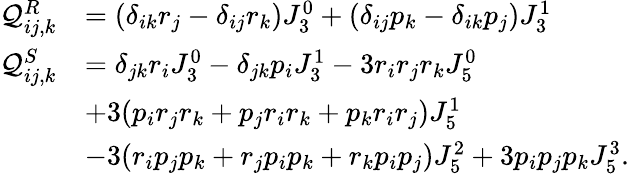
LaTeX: \begin{array}{rl}{\mathcal{Q}_{ij,k}^{R}}&{=\left(\delta_{ik}r_{j}-\delta_{ij}r_{k}\right)J_{3}^{0}+\left(\delta_{ij}p_{k}-\delta_{ik}p_{j}\right)J_{3}^{1}}\\ {\mathcal{Q}_{ij,k}^{S}}&{=\delta_{jk}r_{i}J_{3}^{0}-\delta_{jk}p_{i}J_{3}^{1}-3r_{i}r_{j}r_{k}J_{5}^{0}}\\ &{+3(p_{i}r_{j}r_{k}+p_{j}r_{i}r_{k}+p_{k}r_{i}r_{j})J_{5}^{1}}\\ &{-3(r_{i}p_{j}p_{k}+r_{j}p_{i}p_{k}+r_{k}p_{i}p_{j})J_{5}^{2}+3p_{i}p_{j}p_{k}J_{5}^{3}.}\end{array}